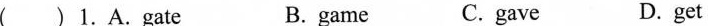
( )1.A.Gate B. game C.gave D.get